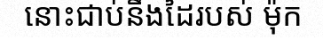
នោះជាប់នឹងដៃរបស់ ម៉ុក